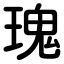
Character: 瑰